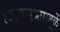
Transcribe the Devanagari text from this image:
स्वैरकारभारामुळें